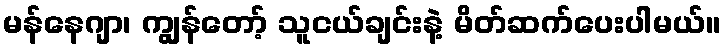
မန်နေဂျာ၊ ကျွန်တော့် သူငယ်ချင်းနဲ့ မိတ်ဆက်ပေးပါမယ်။